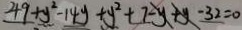
4 9 + y ^ { 2 } - 1 4 y + y ^ { 2 } + 7 - y + y - 3 2 = 0